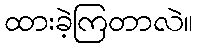
ထားခဲ့ကြတာလဲ။